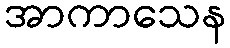
အာကာသေန